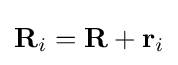
\mathbf {R} _{i}=\mathbf {R} +\mathbf {r} _{i}